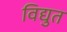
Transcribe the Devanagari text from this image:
विद्युत